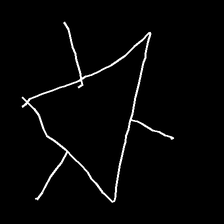
Glyph: fire